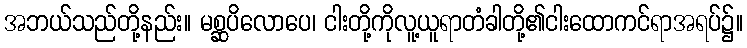
အဘယ်သည်တို့နည်း။ မစ္ဆပိလောပေ၊ ငါးတို့ကိုလူ့ယူရာတံခါတို့၏ငါးထောကင်ရာအရပ်၌။